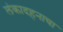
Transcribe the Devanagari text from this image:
लंकादहनाचा